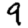
Digit: 9